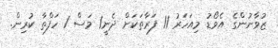
ޒުވާނުންގެ އެވޯޑު މިއަހަރު 11 ފަރާތަކަށް ދެނީ1 މަސް 1 ހަފްތާ ކުރިން.